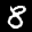
Digit: 8